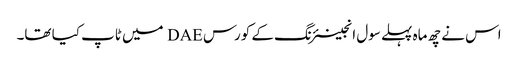
اس نے چھ ماہ پہلے سول انجینئرنگ کے کورس DAE میں ٹاپ کیا تھا۔